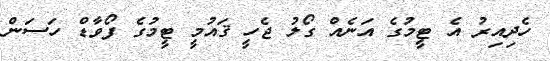
ހެދިއިރު އެ ޓީމުގެ އަނެއް ގޯލު ޖެހީ ޤައުމީ ޓީމުގެ ފޯވާޑް ހަސަން